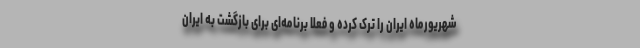
شهریورماه ایران را ترک کرده و فعلا برنامه‌ای برای بازگشت به ایران